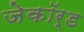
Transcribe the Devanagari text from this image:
जेकॉर्ड